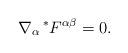
LaTeX: \begin{align*} \nabla_{\alpha} \prescript{*}{}{F}^{\alpha\beta} = 0.\end{align*}